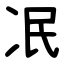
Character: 冺